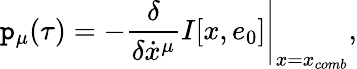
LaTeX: \mathtt{p}_{\mu}(\tau)=-\left.\frac{{\delta}}{{\delta\dot{{x}}^{\mu}}}I[x,e_{0}]\right\vert_{x=x_{comb}},